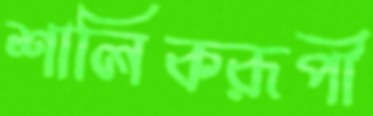
শালিকরূপী